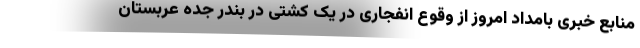
منابع خبری بامداد امروز از وقوع انفجاری در یک کشتی در بندر جده عربستان